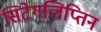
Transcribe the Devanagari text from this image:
सिटेगलिप्तिन